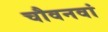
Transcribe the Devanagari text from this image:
चौवनवां